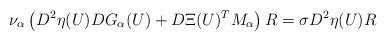
LaTeX: \begin{align*}\nu_\alpha \left(D^2\eta(U) DG_\alpha(U) + D\Xi(U)^TM_\alpha\right)R = \sigma D^2\eta(U) R\end{align*}